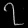
Digit: ၇